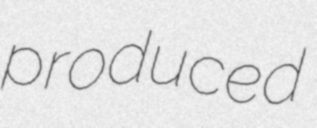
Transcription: produced